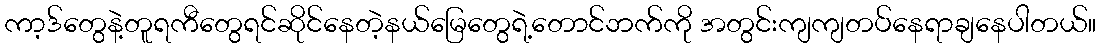
ကာ့ဒ်တွေနဲ့တူရကီတွေရင်ဆိုင်နေတဲ့နယ်မြေတွေရဲ့တောင်ဘက်ကို အတွင်းကျကျတပ်နေရာချနေပါတယ်။